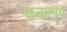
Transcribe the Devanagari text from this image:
चनालग